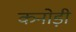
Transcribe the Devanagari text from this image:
कनोड़ी